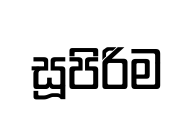
සූපිරිම